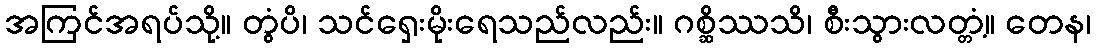
အကြင်အရပ်သို့။ တွံပိ၊ သင်ရှေးမိုးရေသည်လည်း။ ဂစ္ဆိဿသိ၊ စီးသွားလတ္တံ့။ တေန၊